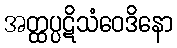
အတ္ထပ္ပဋိသံဝေဒိနော